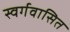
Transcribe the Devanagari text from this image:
स्वर्गवासित